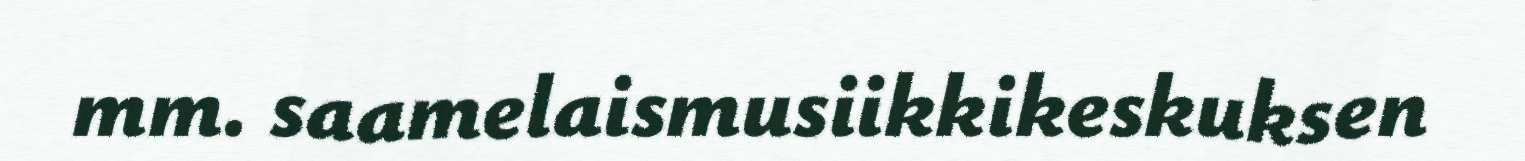
mm. saamelaismusiikkikeskuksen